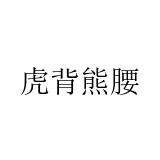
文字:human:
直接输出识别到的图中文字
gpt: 虎背熊腰